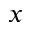
x